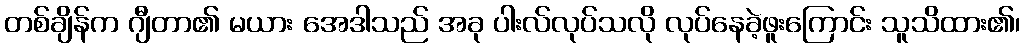
တစ်ချိန်က ဂျီတာ၏ မယား အေဒါသည် အခု ပါးလ်လုပ်သလို လုပ်နေခဲ့ဖူးကြောင်း သူသိထား၏၊